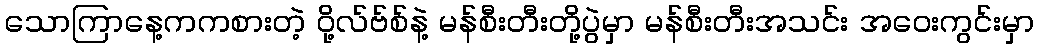
သောကြာနေ့ကကစားတဲ့ ဝို့လ်ဗ်စ်နဲ့ မန်စီးတီးတို့ပွဲမှာ မန်စီးတီးအသင်း အဝေးကွင်းမှာ